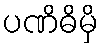
ပဏိဓိမှိ